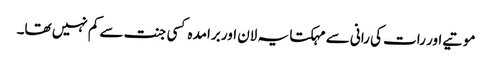
موتیے اور رات کی رانی سے مہکتا یہ لان اور برامدہ کسی جنت سے کم نہیں تھا۔